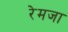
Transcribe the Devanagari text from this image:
रेमजा